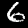
Digit: 6